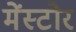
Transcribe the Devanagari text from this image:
मेंस्टोर